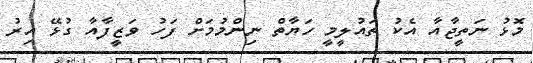
މޮޅު ނަތީޖާއާ އެކު ތައުލީމީ ހަޔާތް ނިންމުމަށް ފަހު ވަޒީފާއާ ގުޅޭ އިރު